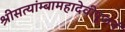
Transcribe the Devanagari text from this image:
श्रीसत्यांम्बामहादेवीपूजनं